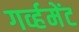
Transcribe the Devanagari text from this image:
गर्व्हमेंट